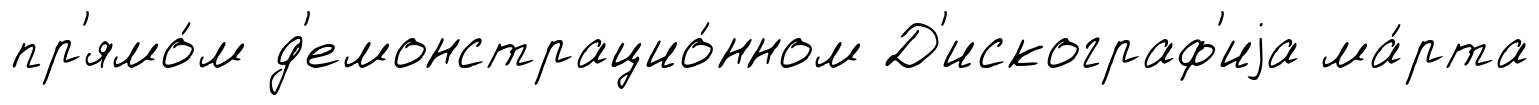
пр'ямо́м д'емонстрацио́нном Д'искограф'иjа ма́рта